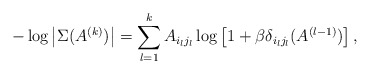
\begin{align*}-\log\left|\Sigma(A^{(k)})\right|=\sum_{l=1}^{k}A_{i_{l}j_{l}}\log\left[1+\beta\delta_{i_{l}j_{l}}(A^{(l-1)})\right],\end{align*}